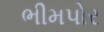
ભીમપોર